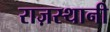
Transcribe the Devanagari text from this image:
राज़स्थानी